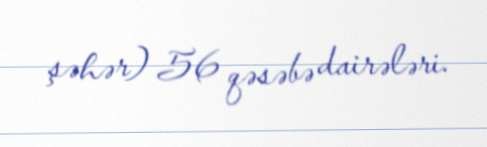
şəhər) 56 qəsəbə dairələri.